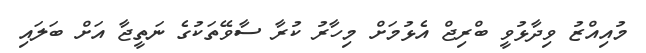
މުއިއްޒު ވިދާޅުވީ ބްރިޖް އެޅުމަށް މިހާރު ކުރާ ސާވޭތަކުގެ ނަތީޖާ އަށް ބަލައި